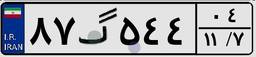
۸۷گ۵۴۴۰۴